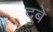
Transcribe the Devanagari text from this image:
दुबें